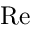
\mathrm { R e }